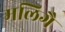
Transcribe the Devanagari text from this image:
मलिगै